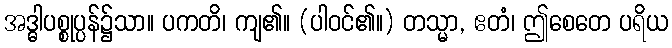
အဒ္ဓါပစ္စုပ္ပန်၌သာ။ ပကတိ၊ ကျ၏။ (ပါဝင်၏။) တသ္မာ, ဧတံ၊ ဤစေတေ ပရိယ